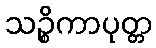
သဉ္စိကာပုတ္တ